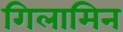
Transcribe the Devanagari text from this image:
गिलामिन